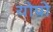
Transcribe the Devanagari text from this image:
योपो